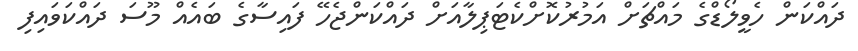
ދައްކަން ހެވީލޯޑްގެ މައްޗަށް އަމުރުކޮށްކެޓަޕިލާއަށް ދައްކަންޖެހޭ ފައިސާގެ ބައެއް މޫސަ ދައްކަވައިފި